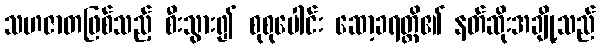
သဟဇာတဖြစ်သည့် စီးသွား၍ စုစုပေါင်း ဆော့ခရတ္တိ၏ နတ်ဆိုးအချို့သည်